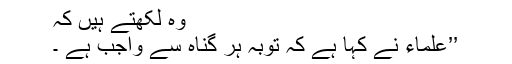
وہ لکھتے ہیں کہ
’’علماء نے کہا ہے کہ توبہ ہر گناہ سے واجب ہے ۔